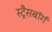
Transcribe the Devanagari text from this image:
स्ट्रैसबॉर्ग